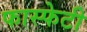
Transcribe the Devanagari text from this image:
फास्फेटी